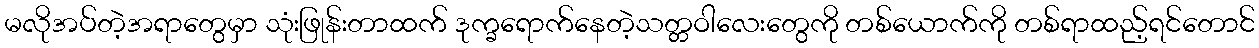
မလိုအပ်တဲ့အရာတွေမှာ သုံးဖြုန်းတာထက် ဒုက္ခရောက်နေတဲ့သတ္တဝါလေးတွေကို တစ်ယောက်ကို တစ်ရာထည့်ရင်တောင်